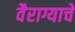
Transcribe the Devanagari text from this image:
वैराग्याचे